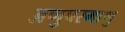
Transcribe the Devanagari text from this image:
अणुपरमाणु